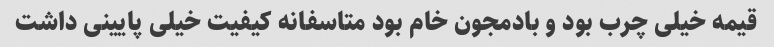
قیمه خیلی چرب بود و بادمجون خام بود متاسفانه کیفیت خیلی پایینی داشت